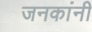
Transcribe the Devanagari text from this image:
जनकांनी